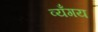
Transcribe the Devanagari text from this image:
व्यँगय